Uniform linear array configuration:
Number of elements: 24
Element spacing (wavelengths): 0.25
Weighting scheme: uniform
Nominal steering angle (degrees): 60
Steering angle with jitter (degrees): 58.492
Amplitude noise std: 0.05
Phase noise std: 0.05

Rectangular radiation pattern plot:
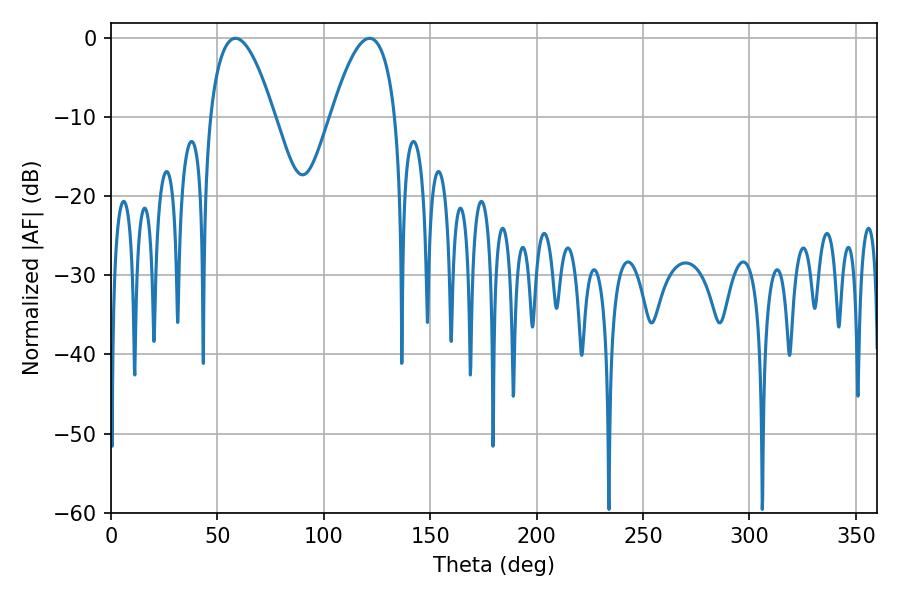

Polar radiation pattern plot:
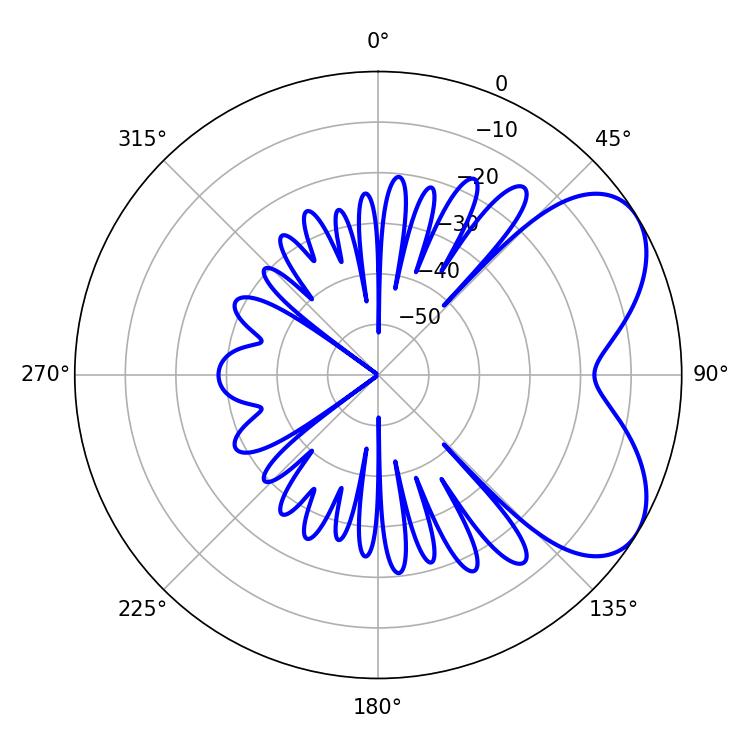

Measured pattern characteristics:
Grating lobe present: FALSE
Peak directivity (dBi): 5.605
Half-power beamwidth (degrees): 16.56
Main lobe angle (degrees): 58.5